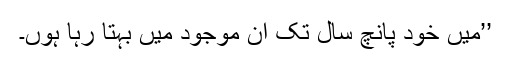
’’میں خود پانچ سال تک ان موجود میں بہتا رہا ہوں۔